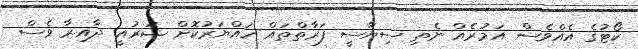
ކޯޓުގެ އެއްވެސް އަމުރެއް ނެތި ސިޔާސީ ފަރާތްތައް ހައްޔަރުކޮށް ޝަރުއީ ދާއިރާ ވެސް